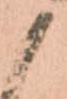
候